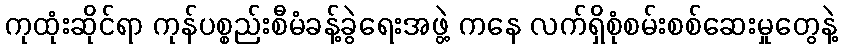
ကုထုံးဆိုင်ရာ ကုန်ပစ္စည်းစီမံခန့်ခွဲရေးအဖွဲ့ ကနေ လက်ရှိစုံစမ်းစစ်ဆေးမှုတွေနဲ့